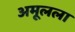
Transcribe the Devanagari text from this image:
अमूलला